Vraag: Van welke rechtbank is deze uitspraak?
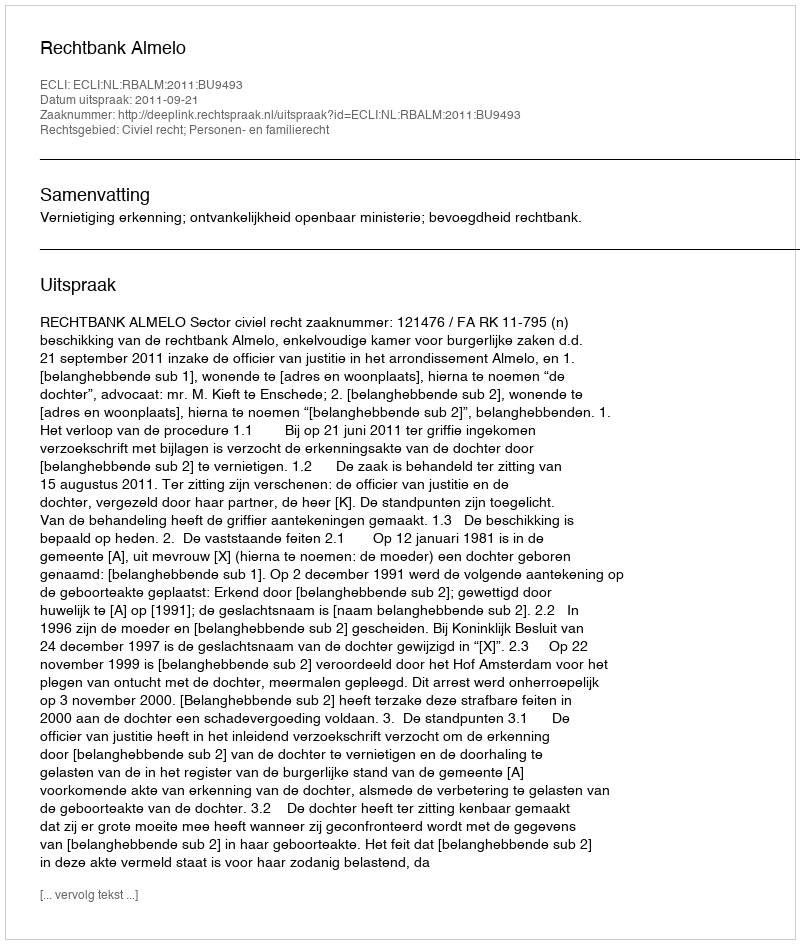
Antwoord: Rechtbank Almelo